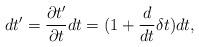
LaTeX: \begin{align*}dt'=\frac{\partial t'}{\partial t}dt= (1+\frac{d}{dt}\delta t)dt,\end{align*}